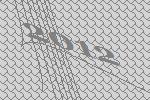
2012